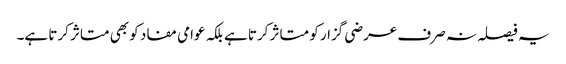
یہ فیصلہ نہ صرف عرضی گزار کو متاثر کرتا ہے بلکہ عوامی مفاد کو بھی متاثر کرتا ہے۔